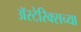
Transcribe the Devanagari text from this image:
अॅस्टेरिक्सच्या